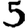
Digit: 5